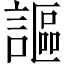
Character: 謳